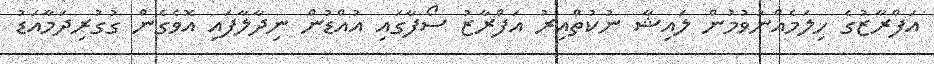
އަފްރާޒުގެ ހިލަމެއްނުވުމުން ލައިޝާ ނުކުތްއިރު އަފްރާޒު ސޯފާގައި އުއްޑުން ނިދާލާފައި އޮވެގެން ގުގުރިދަމާއަޑު